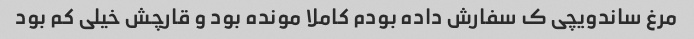
مرغ ساندویچی ک سفارش داده بودم کاملا مونده بود و قارچش خیلی کم بود